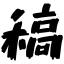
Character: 稿